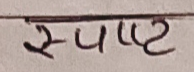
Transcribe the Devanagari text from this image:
स्पष्ट